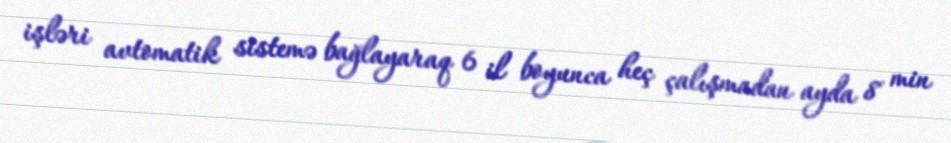
işləri avtomatik sistemə bağlayaraq 6 il boyunca heç çalışmadan ayda 8 min